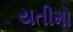
યતીમો